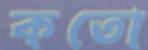
কতো